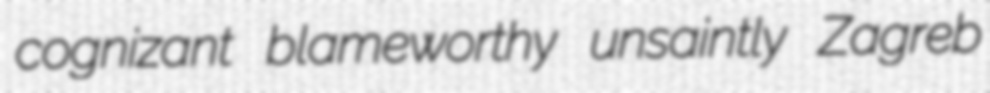
cognizant blameworthy unsaintly Zagreb